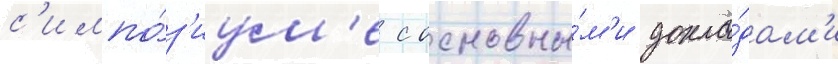
с'импо́з'иум'е с основны́м'и докла́дам'и